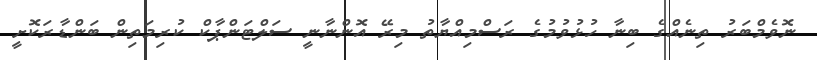
ނޮވެމްބަރު ތިނެއްގެ ބިނާ ހުޅުވުމުގެ ރަސްމިއްޔާތު މިރޭ އޮންނާނީ ސަލްޓަންޕާކް ކުރިމަތިން ބަންޑާރަކޮށީ